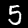
Digit: 5